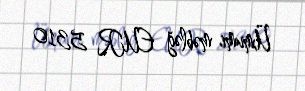
Ümumi məbləğ EUR 5310